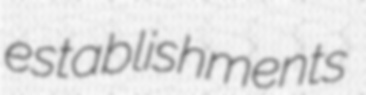
establishments